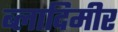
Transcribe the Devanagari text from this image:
ब्लादिमीर